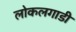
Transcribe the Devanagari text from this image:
लोकलगाडी